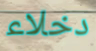
دخلاء